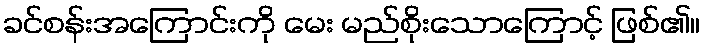
ခင်စန်းအကြောင်းကို မေး မည်စိုးသောကြောင့် ဖြစ်၏။